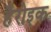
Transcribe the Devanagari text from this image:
हैरोइक